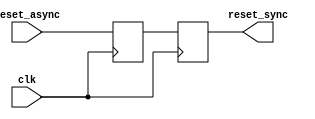
module async_reset_synchronizer (
    input wire reset_async, // Asynchronous Reset input
    input wire clk,         // Clock input
    output reg reset_sync   // Synchronized Reset output
);

// Internal signals for double-register synchronization
reg reset_ff1; // First flip-flop output
reg reset_ff2; // Second flip-flop output

// Synchronous process to sample the asynchronous reset signal
always @(posedge clk) begin
    reset_ff1 <= reset_async; // Sample the asynchronous reset
    reset_ff2 <= reset_ff1;    // Double-register synchronization
end

// Always block to drive the synchronized reset output
always @(*) begin
    reset_sync = reset_ff2; // Output the synchronized reset
end

endmodule